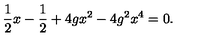
\frac { 1 } { 2 } x - \frac { 1 } { 2 } + 4 g x ^ { 2 } - 4 g ^ { 2 } x ^ { 4 } = 0 .